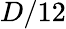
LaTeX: D/12